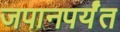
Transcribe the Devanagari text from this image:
जपानपर्यंत